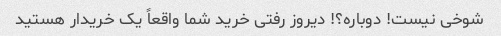
شوخی نیست! دوباره؟! دیروز رفتی خرید شما واقعاً یک خریدار هستید